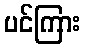
ပင်ကြား